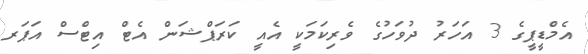
އެމްޑީޕީގެ 3 އަހަރު ދުވަހުގެ ވެރިކަމަކީ އެއީ ކަރަޕްޝަން އެޓް އިޓްސް އަޕަރ